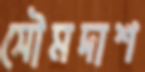
সৌমদাশ